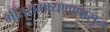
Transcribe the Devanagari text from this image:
गीतरामायणापासून